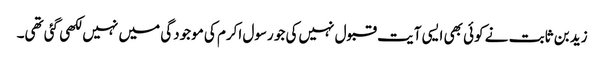
زید بن ثابت نے کوئی بھی ایسی آیت قبول نہیں‌کی جو رسول اکرم کی موجودگی میں‌ نہیں لکھی گئی تھی۔